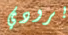
برودي